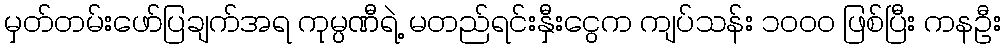
မှတ်တမ်းဖော်ပြချက်အရ ကုမ္ပဏီရဲ့ မတည်ရင်းနှီးငွေက ကျပ်သန်း ၁၀ဝ၀ ဖြစ်ပြီး ကနဦး